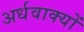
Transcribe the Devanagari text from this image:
अर्धवाक्यों